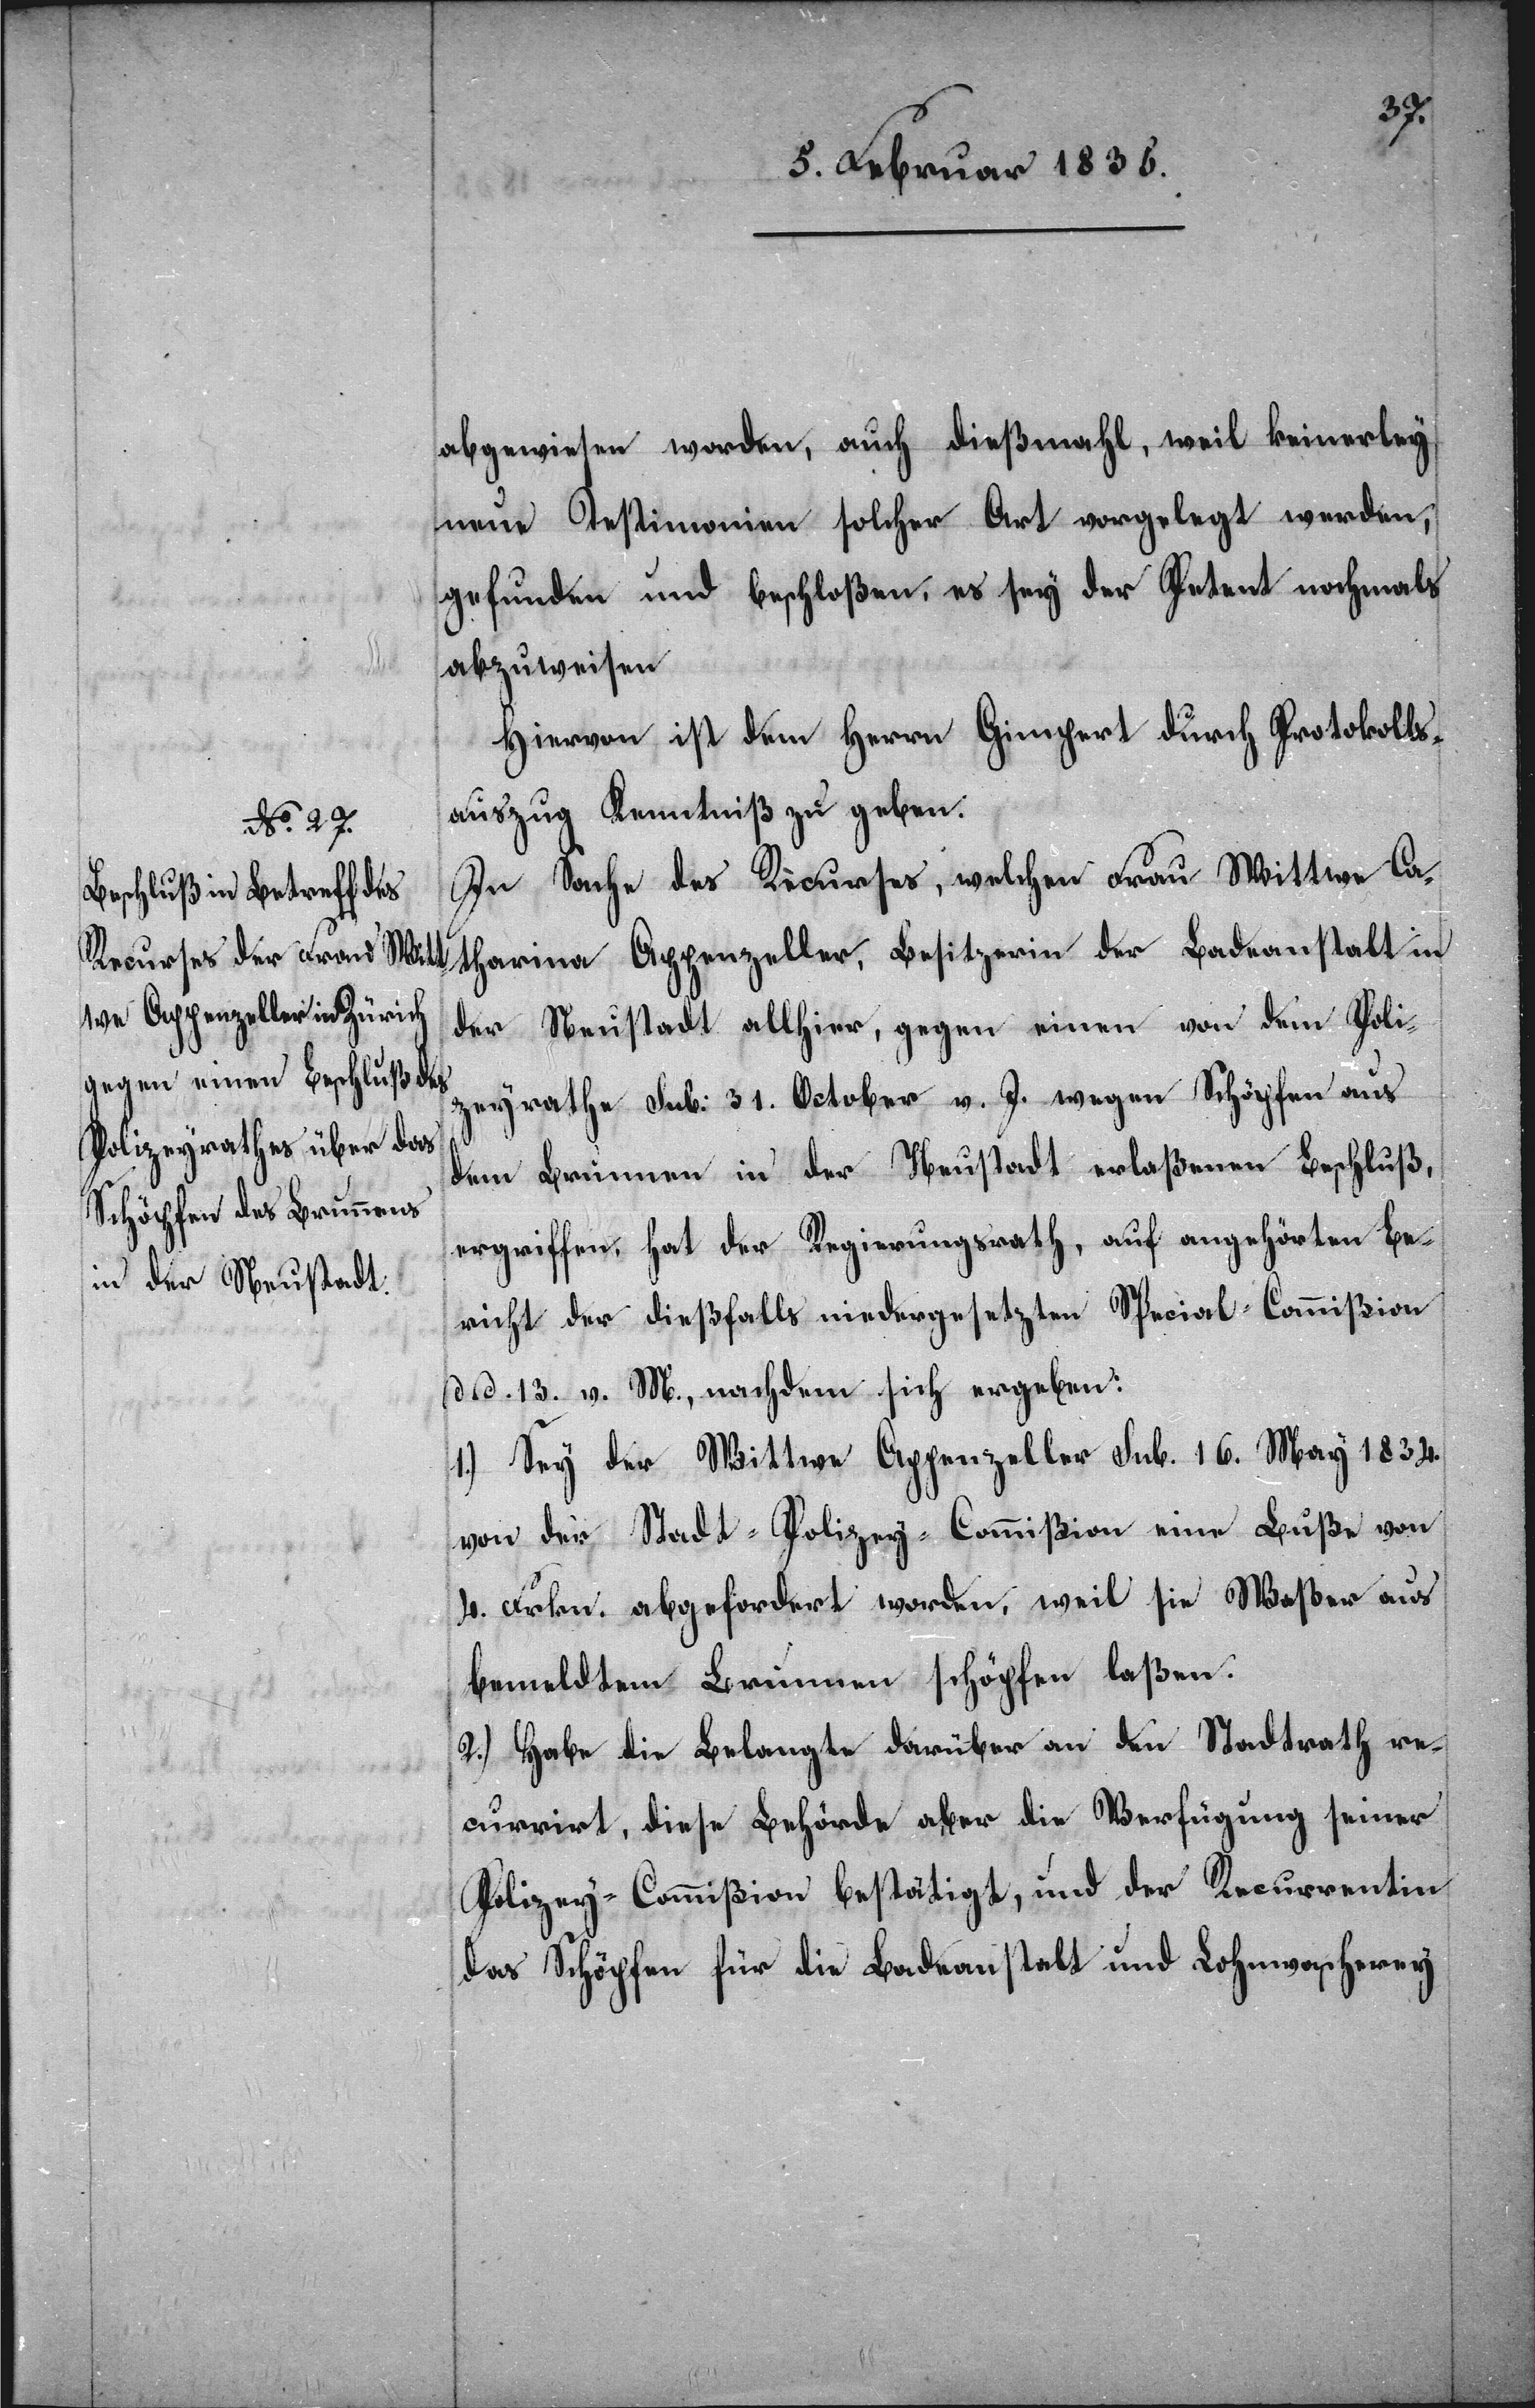
abgewiesen worden, auch dießmahl, weil keinerley
neue Testimonien solcher Art vorgelegt wurden,
gefunden und beschloßen, es sey der Petent nochmals
abzuweisen.
Hiervon ist dem Herrn Gimpert durch Protokolls¬
auszug Kenntniß zu geben.
In Sache des Recurses, welchen Frau Wittwe Ca¬
tharina Appenzeller, Besitzerin der Badeanstalt in
der Neustadt allhier, gegen einen von dem Poli¬
zeyrathe sub: 31. October v. J. wegen Schöpfen aus
dem Brunnen in der Neustadt erlaßenen Beschluß,
ergriffen, hat der Regierungsrath, auf angehörten Be¬
richt der dießfalls niedergesetzten Special-Commißion
d. d. 13. v. M. nachdem sich ergeben:
1.) Sey der Wittwe Appenzeller sub. 16. März 1834.
von der Stadt-Polizey-Commißion eine Buße von
4. Frkn. abgefordert worden, weil sie Waßer aus
bemeldtem Brunnen schöpfen laßen.
2.) Habe die Belangte darüber an den Stadtrath re¬
currirt, diese Behörde aber die Verfügung seiner
Polizey-Commißion bestätigt, und der Recurrentin
das Schöpfen für die Badeanstalt und Lohnwascherey